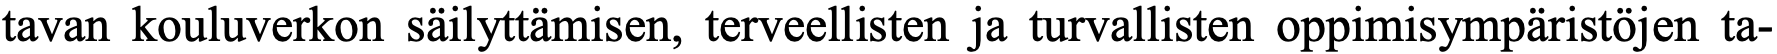
tavan kouluverkon säilyttämisen, terveellisten ja turvallisten oppimisympäristöjen ta-